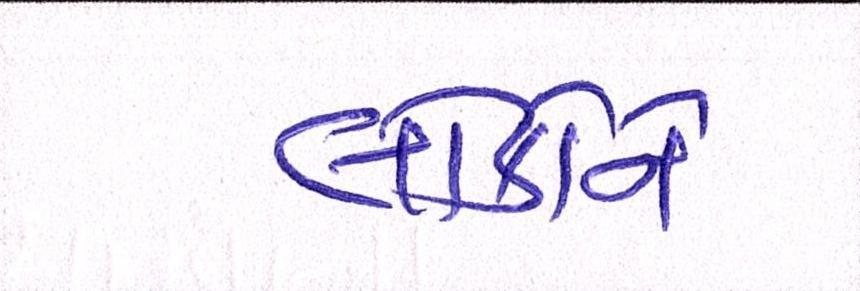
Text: લોકોને